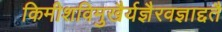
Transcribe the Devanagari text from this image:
किमीशविमुखैर्यज्ञैरवज्ञाद्दतै